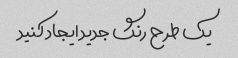
یک طرح رنگ جدید ایجاد کنید